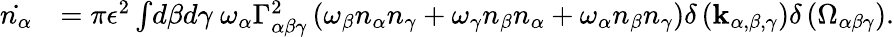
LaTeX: \begin{array}{rl}{\dot{n_{\alpha}}}&{=\pi\epsilon^{2}\int\! d\beta d\gamma\ \omega_{\alpha}\Gamma_{\alpha\beta\gamma}^{2}\left(\omega_{\beta}n_{\alpha}n_{\gamma}+\omega_{\gamma}n_{\beta}n_{\alpha}+\omega_{\alpha}n_{\beta}n_{\gamma}\right)\delta\left(\mathbf{k}_{\alpha,\beta,\gamma}\right)\delta\left(\Omega_{\alpha\beta\gamma}\right).}\end{array}